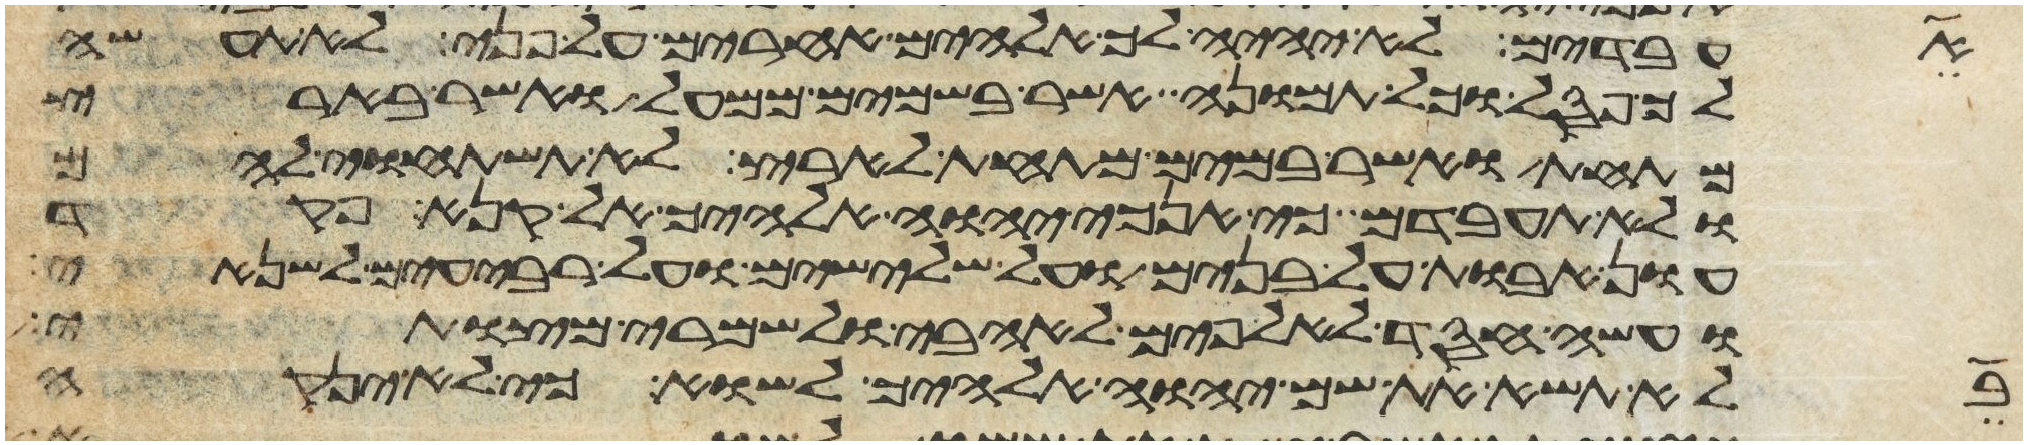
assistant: עבדים לא יהיה לך אלהים אחרים על פני לא תעשה
לך פסל וכל תמונה אשר בשמים ממעל ואשר בארץ
מתחת ואשר במים מתחת לארץ לא תשתחוה להם
ולא תעבדם כי אנכי יהוה אלהיך אל קנא פקד
עון אבות על בנים על שלישים ועל רביעים לשנאי
ועשה חסד לאלפים לאהבי ולשמרי מצותי
בו
לא תשא את שם יהוה אלהיך לשוא כי לא ינקה